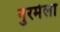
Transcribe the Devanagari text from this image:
नुरमेला